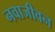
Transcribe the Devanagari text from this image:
नवाजीवन